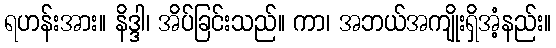
ရဟန်းအား။ နိဒ္ဒါ၊ အိပ်ခြင်းသည်။ ကာ၊ အဘယ်အကျိုးရှိအံ့နည်း။